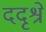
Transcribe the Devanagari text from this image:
ददृश्रे